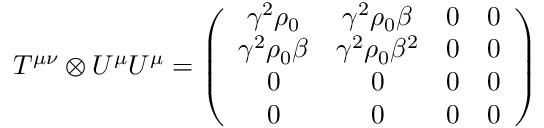
T ^ { \mu \nu } \otimes U ^ { \mu } U ^ { \mu } = \left( \begin{array} { c c c c } { \gamma ^ { 2 } \rho _ { 0 } } & { \gamma ^ { 2 } \rho _ { 0 } \beta } & { 0 } & { 0 } \\ { \gamma ^ { 2 } \rho _ { 0 } \beta } & { \gamma ^ { 2 } \rho _ { 0 } \beta ^ { 2 } } & { 0 } & { 0 } \\ { 0 } & { 0 } & { 0 } & { 0 } \\ { 0 } & { 0 } & { 0 } & { 0 } \end{array} \right)